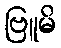
ဗြူမိ